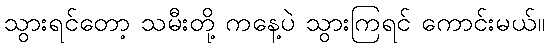
သွားရင်တော့ သမီးတို့ ကနေ့ပဲ သွားကြရင် ကောင်းမယ်။